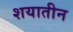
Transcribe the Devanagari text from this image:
शयातीन